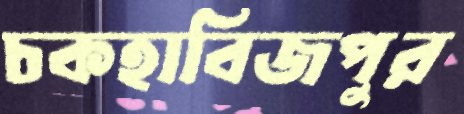
চকহাবিজপুর